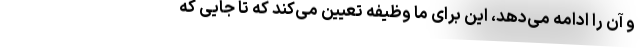
و آن را ادامه می‌دهد، این برای ما وظیفه تعیین می‌کند که تا جایی که